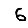
Digit: 6